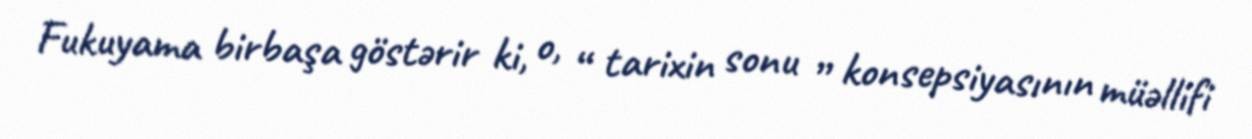
Fukuyama birbaşa göstərir ki, o, “ tarixin sonu ” konsepsiyasının müəllifi